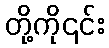
တို့ကို၎င်း